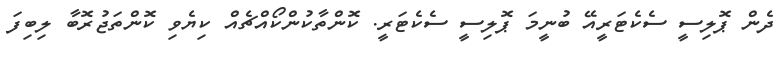
ދެން ޕޮލިސީ ސެކެޓަރީއޭ ބުނީމަ ޕޮލިސީ ސެކެޓަރީ. ކޮންތާކުންކޯއްޗެއް ކިޔެވި ކޮންތަޖުރޮބާ ލިބިފަ